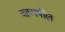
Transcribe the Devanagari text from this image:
वाष्पषील